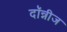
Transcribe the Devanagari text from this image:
दॉन्नीज